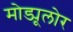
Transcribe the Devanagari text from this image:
मोड्यूलोर